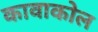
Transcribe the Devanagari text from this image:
कावाकोल